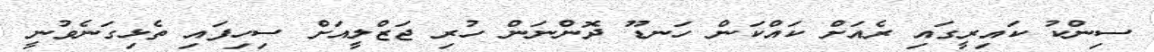
ސިންކު ކައިރީގައި ރެއަށް ކައްކަން ހަނޑޫ ދޮންނަން ހުރި ޖަޒްލީއަށް ސިހިފައި ތެޅިގަނެވުނީ